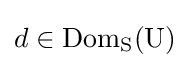
d\in {\rm {{Dom}_{S}(U)}}